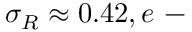
\sigma _ { R } \approx 0 . 4 2 , e \mathrm { ~ - ~ }